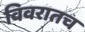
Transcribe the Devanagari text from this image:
विवरातच